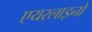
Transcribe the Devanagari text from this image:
एयरलाइनो